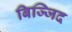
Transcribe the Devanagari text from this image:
बिज्जिद